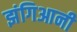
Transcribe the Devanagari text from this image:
झंगिआनी